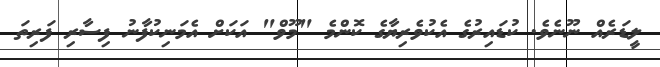
ލީޑަރެއް ނޫނެވެ. ކުޑައިރުގެ އެކުވެރިޔާގެ ކޮންމެ "މޫވް" އަކަށް އެމަނިކުފާނު ފިސާރި ފަރިތަ